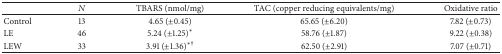
|  | N | TBARS (nmol/mg) | TAC (copper reducing equivalents/mg) | Oxidative ratio |
 | --- | --- | --- | --- | --- |
 | Control | 13 | 4.65 (±0.45) | 65.65 (±6.20) | 7.82 (±0.73) |
 | LE | 46 | 5.24(±1.25)* | 58.76 (±1.87) | 9.22 (±0.38) |
 | LEW | 33 | 3.91(±1.36)∗† | 62.50 (±2.91) | 7.07 (±0.71) |